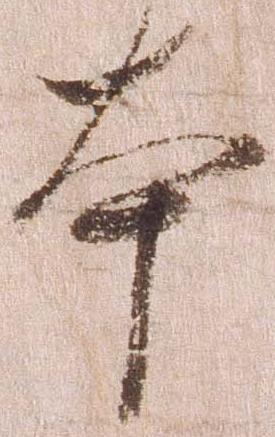
本